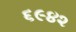
૬૯૪૨